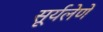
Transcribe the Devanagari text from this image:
सूर्यलेणे